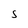
Character: S